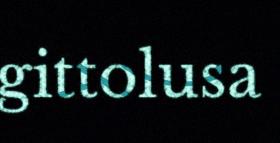
gittolusa